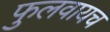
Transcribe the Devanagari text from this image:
फुलवायच